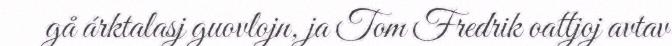
gå árktalasj guovlojn, ja Tom Fredrik oattjoj avtav